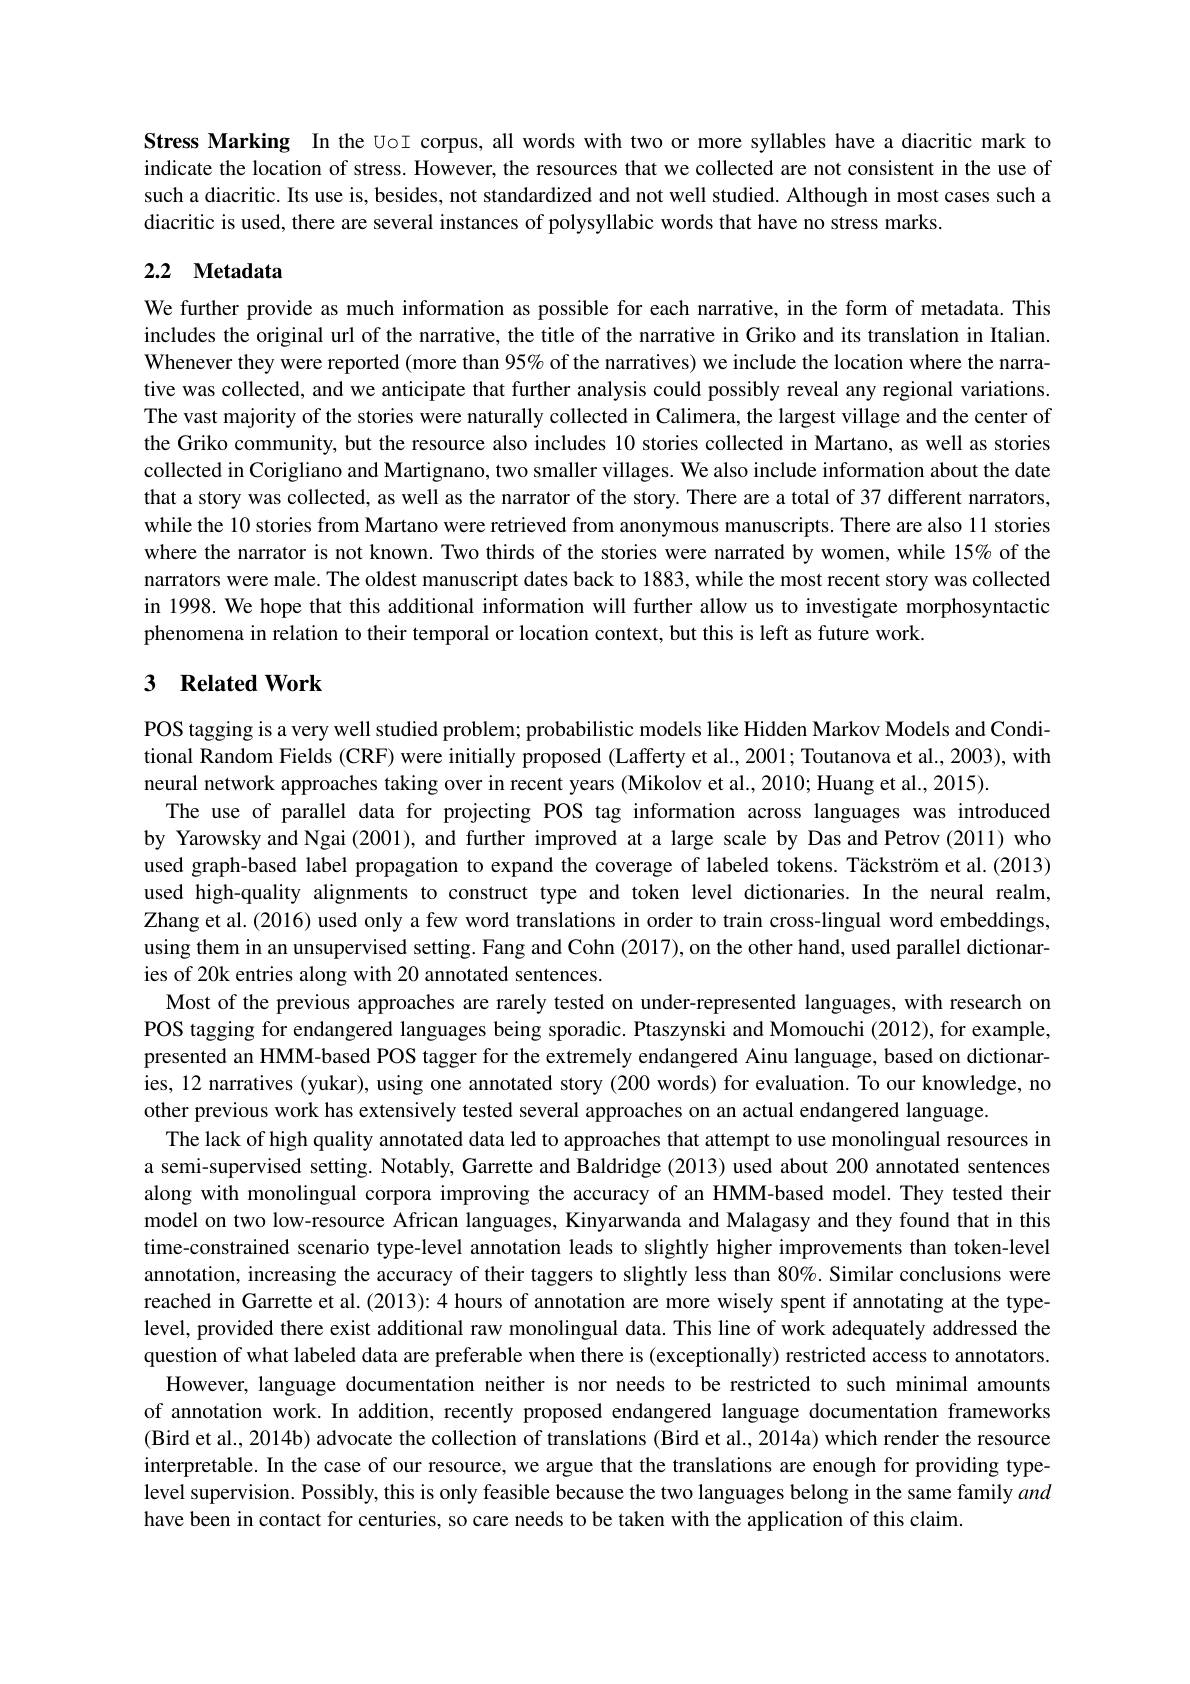
Stress Marking In the UoI corpus, all words with two or more syllables have a diacritic mark to indicate the location of stress. However, the resources that we collected are not consistent in the use of such a diacritic. Its use is, besides, not standardized and not well studied. Although in most cases such a diacritic is used, there are several instances of polysyllabic words that have no stress marks.

## 2.2 Metadata

We further provide as much information as possible for each narrative, in the form of metadata. This includes the original url of the narrative, the title of the narrative in Griko and its translation in Italian. Whenever they were reported (more than 95% of the narratives) we include the location where the narrative was collected, and we anticipate that further analysis could possibly reveal any regional variations. The vast majority of the stories were naturally collected in Calimera, the largest village and the center of the Griko community, but the resource also includes 10 stories collected in Martano, as well as stories collected in Corigliano and Martignano, two smaller villages. We also include information about the date that a story was collected, as well as the narrator of the story. There are a total of 37 different narrators, while the 10 stories from Martano were retrieved from anonymous manuscripts. There are also 11 stories where the narrator is not known. Two thirds of the stories were narrated by women, while 15% of the narrators were male. The oldest manuscript dates back to 1883, while the most recent story was collected in 1998. We hope that this additional information will further allow us to investigate morphosyntactic phenomena in relation to their temporal or location context, but this is left as future work.

## 3 Related Work

POS tagging is a very well studied problem; probabilistic models like Hidden Markov Models and Conditional Random Fields (CRF) were initially proposed (Lafferty et al., 2001; Toutanova et al., 2003), with neural network approaches taking over in recent years (Mikolov et al., 2010; Huang et al., 2015).
The use of parallel data for projecting POS tag information across languages was introduced by Yarowsky and Ngai (2001), and further improved at a large scale by Das and Petrov (2011) who used graph-based label propagation to expand the coverage of labeled tokens. Täckström et al.(2013) used high-quality alignments to construct type and token level dictionaries. In the neural realm, Zhang et al. (2016) used only a few word translations in order to train cross-lingual word embeddings, using them in an unsupervised setting. Fang and Cohn (2017), on the other hand, used parallel dictionaries of 20k entries along with 20 annotated sentences.
Most of the previous approaches are rarely tested on under-represented languages, with research on POS tagging for endangered languages being sporadic. Ptaszynski and Momouchi (2012), for example, presented an HMM-based POS tagger for the extremely endangered Ainu language, based on dictionaries, 12 narratives (yukar), using one annotated story (200 words) for evaluation. To our knowledge, no other previous work has extensively tested several approaches on an actual endangered language.
The lack of high quality annotated data led to approaches that attempt to use monolingual resources in a semi-supervised setting. Notably, Garrette and Baldridge (2013) used about 200 annotated sentences along with monolingual corpora improving the accuracy of an HMM-based model. They tested their model on two low-resource African languages, Kinyarwanda and Malagasy and they found that in this time-constrained scenario type-level annotation leads to slightly higher improvements than token-level annotation, increasing the accuracy of their taggers to slightly less than $80\%$ Similar conclusions were reached in Garrette et al. (2013): 4 hours of annotation are more wisely spent if annotating at the typelevel, provided there exist additional raw monolingual data. This line of work adequately addressed the question of what labeled data are preferable when there is (exceptionally) restricted access to annotators.
However, language documentation neither is nor needs to be restricted to such minimal amounts of annotation work. In addition, recently proposed endangered language documentation frameworks (Bird et al., 2014b) advocate the collection of translations (Bird et al., 2014a) which render the resource interpretable. In the case of our resource, we argue that the translations are enough for providing typelevel supervision. Possibly, this is only feasible because the two languages belong in the same family and have been in contact for centuries, so care needs to be taken with the application of this claim.